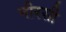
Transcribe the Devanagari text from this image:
नीरसी